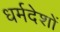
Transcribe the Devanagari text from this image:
धर्मदेशों